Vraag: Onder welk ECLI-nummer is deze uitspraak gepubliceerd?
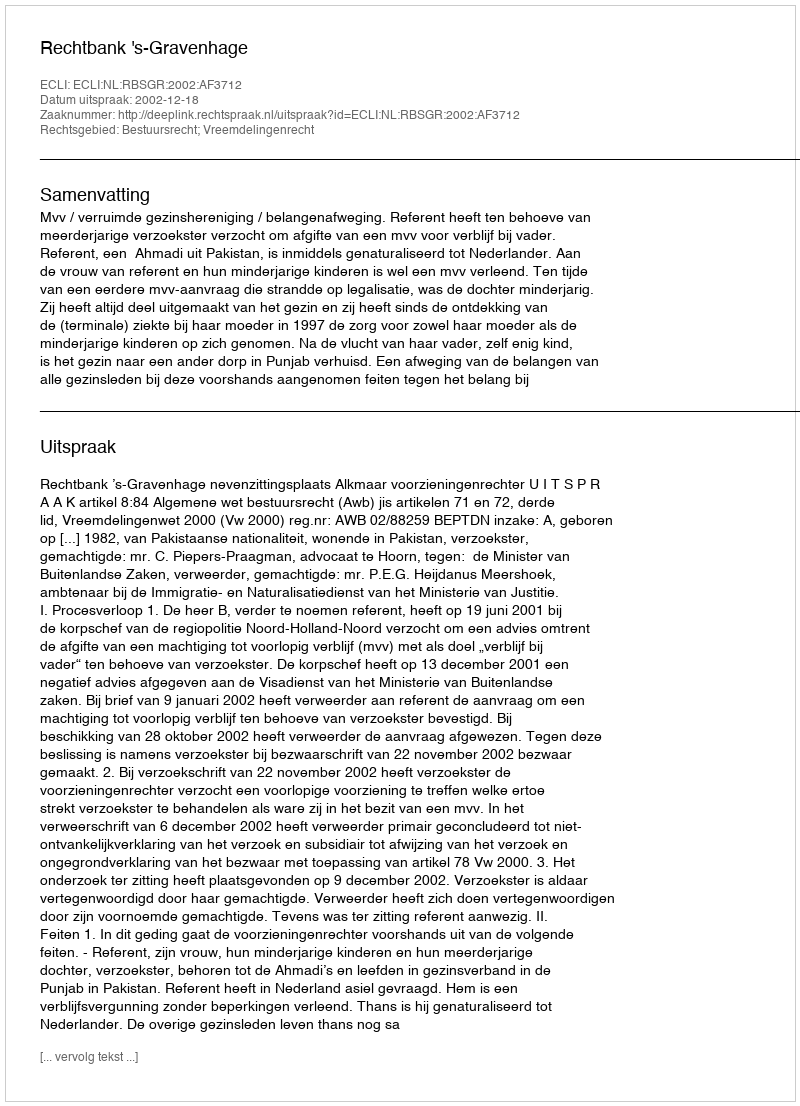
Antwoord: ECLI:NL:RBSGR:2002:AF3712